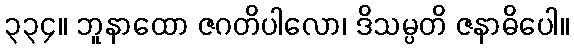
၃၃၄။ ဘူနာထော ဇဂတိပါလော၊ ဒိသမ္ပတိ ဇနာဓိပေါ။